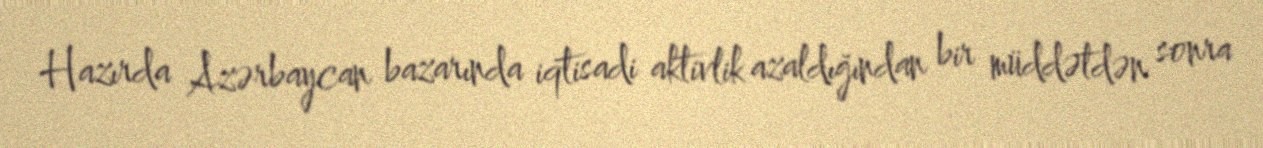
Hazırda Azərbaycan bazarında iqtisadi aktivlik azaldığından bir müddətdən sonra